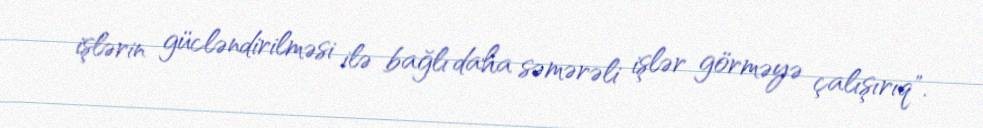
işlərin gücləndirilməsi ilə bağlı daha səmərəli işlər görməyə çalışırıq".